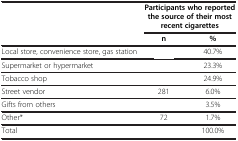
<table><thead><tr><td>[EMPTY_CELL]</td><td colspan="2"><b>Participants who reported the source of their most recent cigarettes</b></td></tr><tr><td>[EMPTY_CELL]</td><td><b>n</b></td><td><b>%</b></td></tr></thead><tbody><tr><td>Local store, convenience store, gas station</td><td>[EMPTY_CELL]</td><td>40.7%</td></tr><tr><td>Supermarket or hypermarket</td><td>[EMPTY_CELL]</td><td>23.3%</td></tr><tr><td>Tobacco shop</td><td>[EMPTY_CELL]</td><td>24.9%</td></tr><tr><td>Street vendor</td><td>281</td><td>6.0%</td></tr><tr><td>Gifts from others</td><td>[EMPTY_CELL]</td><td>3.5%</td></tr><tr><td>Other*</td><td>72</td><td>1.7%</td></tr><tr><td>Total</td><td>[EMPTY_CELL]</td><td>100.0%</td></tr></tbody></table>